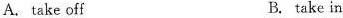
A. take off B. take in